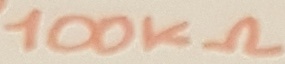
Text: 100KΩ